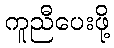
ကူညီပေးဖို့